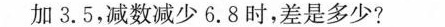
加3.5，减数减少6.8时，差是多少?